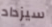
سيزداد